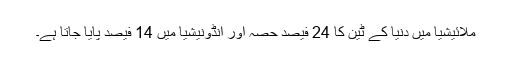
ملائیشیا میں دنیا کے ٹین کا 24 فیصد حصہ اور انڈونیشیا میں 14 فیصد پایا جاتا ہے۔